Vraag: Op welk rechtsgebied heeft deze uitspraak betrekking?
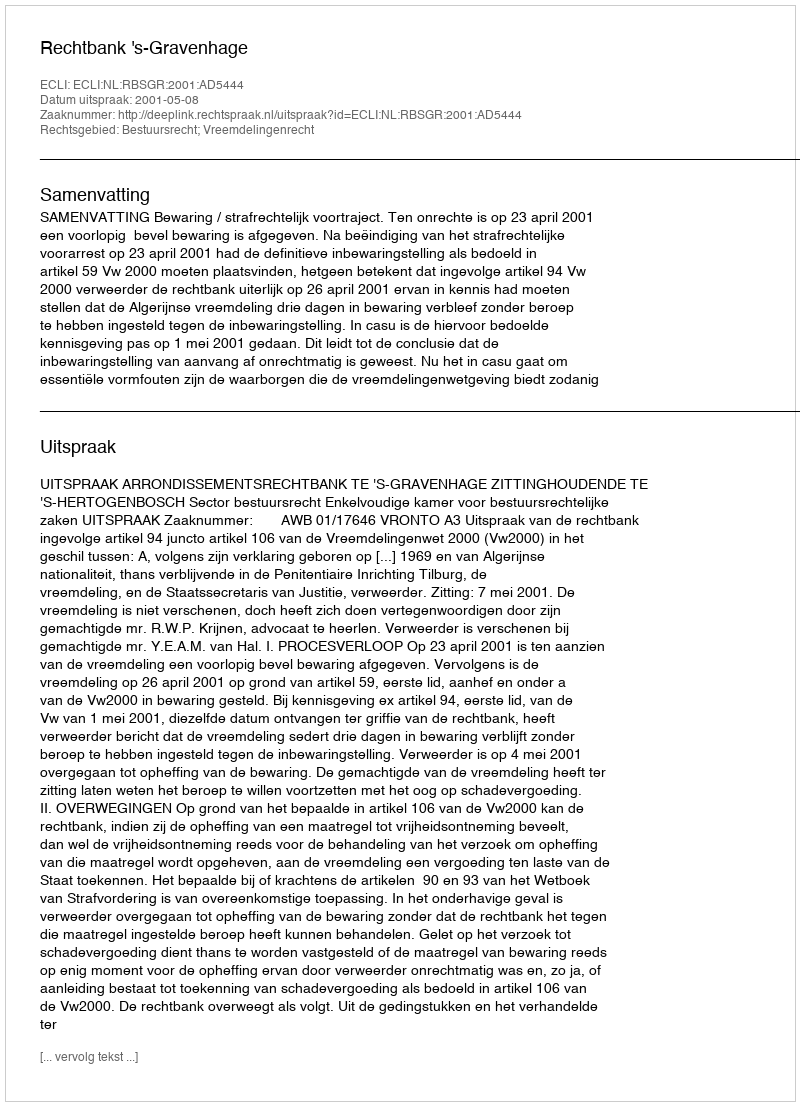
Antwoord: Bestuursrecht; Vreemdelingenrecht